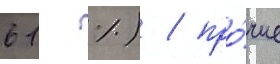
61 %) / про́чие